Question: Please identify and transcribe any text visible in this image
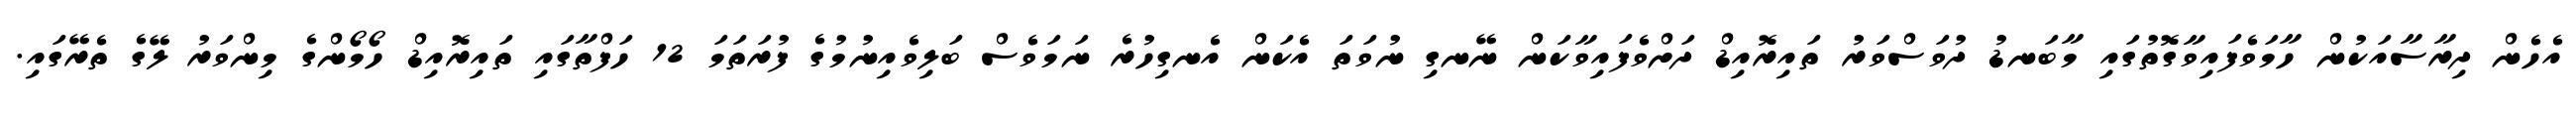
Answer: އެހެން ދިރާސާއަކުން ހާމަވެފައިވާގޮތުގައި މާބަނޑު ދުވަސްވަރު ތައިރޮއިޑް ދަށްވެފައިވާކަން ނޭނގި ނުވަތަ އެކަން އެނގިހުރެ ނަމަވެސް ބަލިވެއިނުމުގެ ފުރަތަމަ 12 ހަފްތާގައި ތައިރޮއިޑް ހޯމޯންގެ މިންވަރު ލޭގެ ތެރޭގައި.